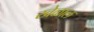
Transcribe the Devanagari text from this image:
खेळाल